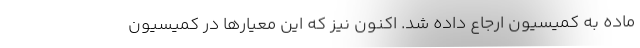
ماده به کمیسیون ارجاع داده شد. اکنون نیز که این معیار‌ها در کمیسیون